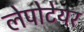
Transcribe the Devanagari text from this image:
लेपोटेयर